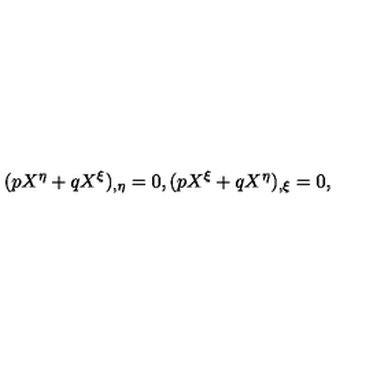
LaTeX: ( p X ^ { \eta } + q X ^ { \xi } ) _ { , \eta } = 0 , ( p X ^ { \xi } + q X ^ { \eta } ) _ { , \xi } = 0 ,